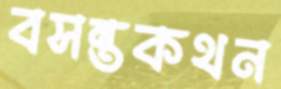
বসন্তকথন